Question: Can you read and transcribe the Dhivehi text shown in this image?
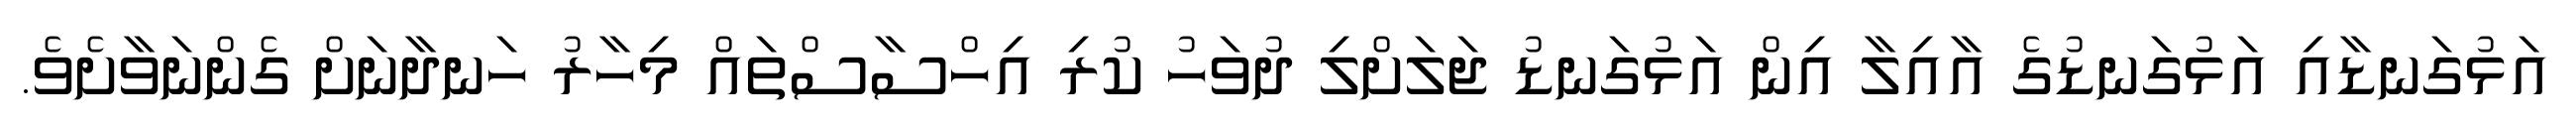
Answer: އަޅުގަނޑާއި އަޅުގަނޑުގެ އާއިލާ އިން އަޅުގަނޑު ޖަލަށްލި ދުވަހު ކުރި އިހްސާސްތައް މިހާރު ހަނދާނަށް ގެންނަވާށެވެ.